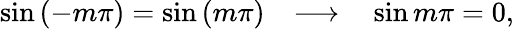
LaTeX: \sin{\left(-m\pi\right)}=\sin{\left(m\pi\right)}\ \ \ \longrightarrow\ \ \ \sin{m\pi}=0,